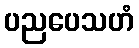
ပညပေသဟံ